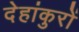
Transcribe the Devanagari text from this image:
देहांकुरों